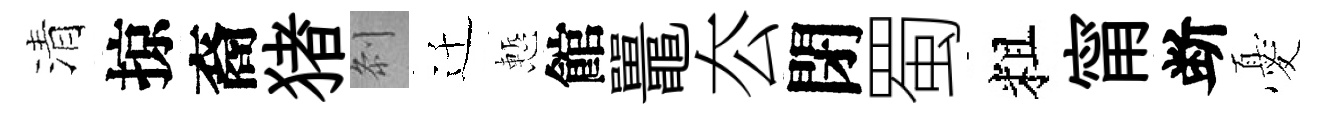
清掠裔猪𠛴迁慙館鼉厺閉蜀粗甯断憂